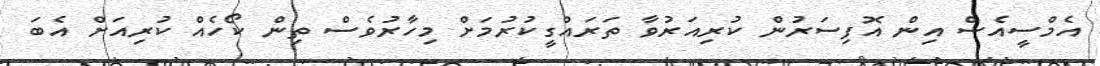
އެމްސީއެސް އިން އޮފިސަރުން ކުރިއަރުވާ ތަރައްގީކުރުމަށް މިހާރުވެސް ތިން ކޯހެއް ކުރިއަށް އެބަ